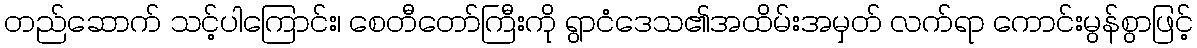
တည်ဆောက် သင့်ပါကြောင်း၊ စေတီတော်ကြီးကို ရွာငံဒေသ၏အထိမ်းအမှတ် လက်ရာ ကောင်းမွန်စွာဖြင့်